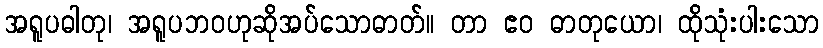
အရူပဓါတု၊ အရူပဘဝဟုဆိုအပ်သောဓာတ်။ တာ ဧဝ ဓာတုယော၊ ထိုသုံးပါးသော